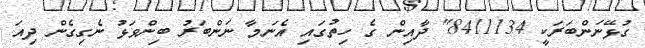
ގުޅޭނަންބަރަކީ 8411134" ދާއިން ގެ ހިތުގައި އެނަމާ ނަންބަރު ބިންވަޅު ނެގިގެން ދިއަ